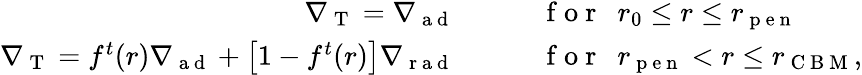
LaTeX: \begin{array}{rl}{\nabla_{\mathrm{~T~}}=\nabla_{\mathrm{~a~d~}}\qquad}&{{}\mathrm{~f~o~r~}\ \ r_{0}\leq r\leq r_{\mathrm{~p~e~n~}}}\\ {\nabla_{\mathrm{~T~}}=f^{t}(r)\nabla_{\mathrm{~a~d~}}+\left[1-f^{t}(r)\right]\nabla_{\mathrm{~r~a~d~}}\qquad}&{{}\mathrm{~f~o~r~}\ \ r_{\mathrm{~p~e~n~}}<r\leq r_{\mathrm{~C~B~M~}},}\end{array}